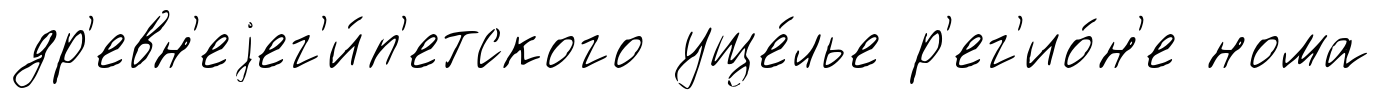
др'евн'еjег'и́п'етского уще́лье р'ег'ио́н'е нома